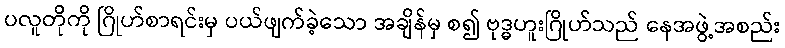
ပလူတိုကို ဂြိုဟ်စာရင်းမှ ပယ်ဖျက်ခဲ့သော အချိန်မှ စ၍ ဗုဒ္ဓဟူးဂြိုဟ်သည် နေအဖွဲ့အစည်း